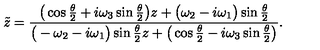
{ \tilde { z } } = \frac { \big ( \cos \frac { \theta } { 2 } + i \omega _ { 3 } \sin \frac { \theta } { 2 } \big ) z + \big ( \omega _ { 2 } - i \omega _ { 1 } \big ) \sin \frac { \theta } { 2 } } { \big ( - \omega _ { 2 } - i \omega _ { 1 } \big ) \sin \frac { \theta } { 2 } z + \big ( \cos \frac { \theta } { 2 } - i \omega _ { 3 } \sin \frac { \theta } { 2 } \big ) } .